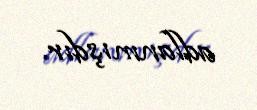
adlanmışdır.